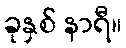
ခုနှစ် နာရီ။